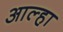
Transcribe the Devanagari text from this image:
आल्‍हा